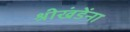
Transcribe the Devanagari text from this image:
श्रीखंडेंना